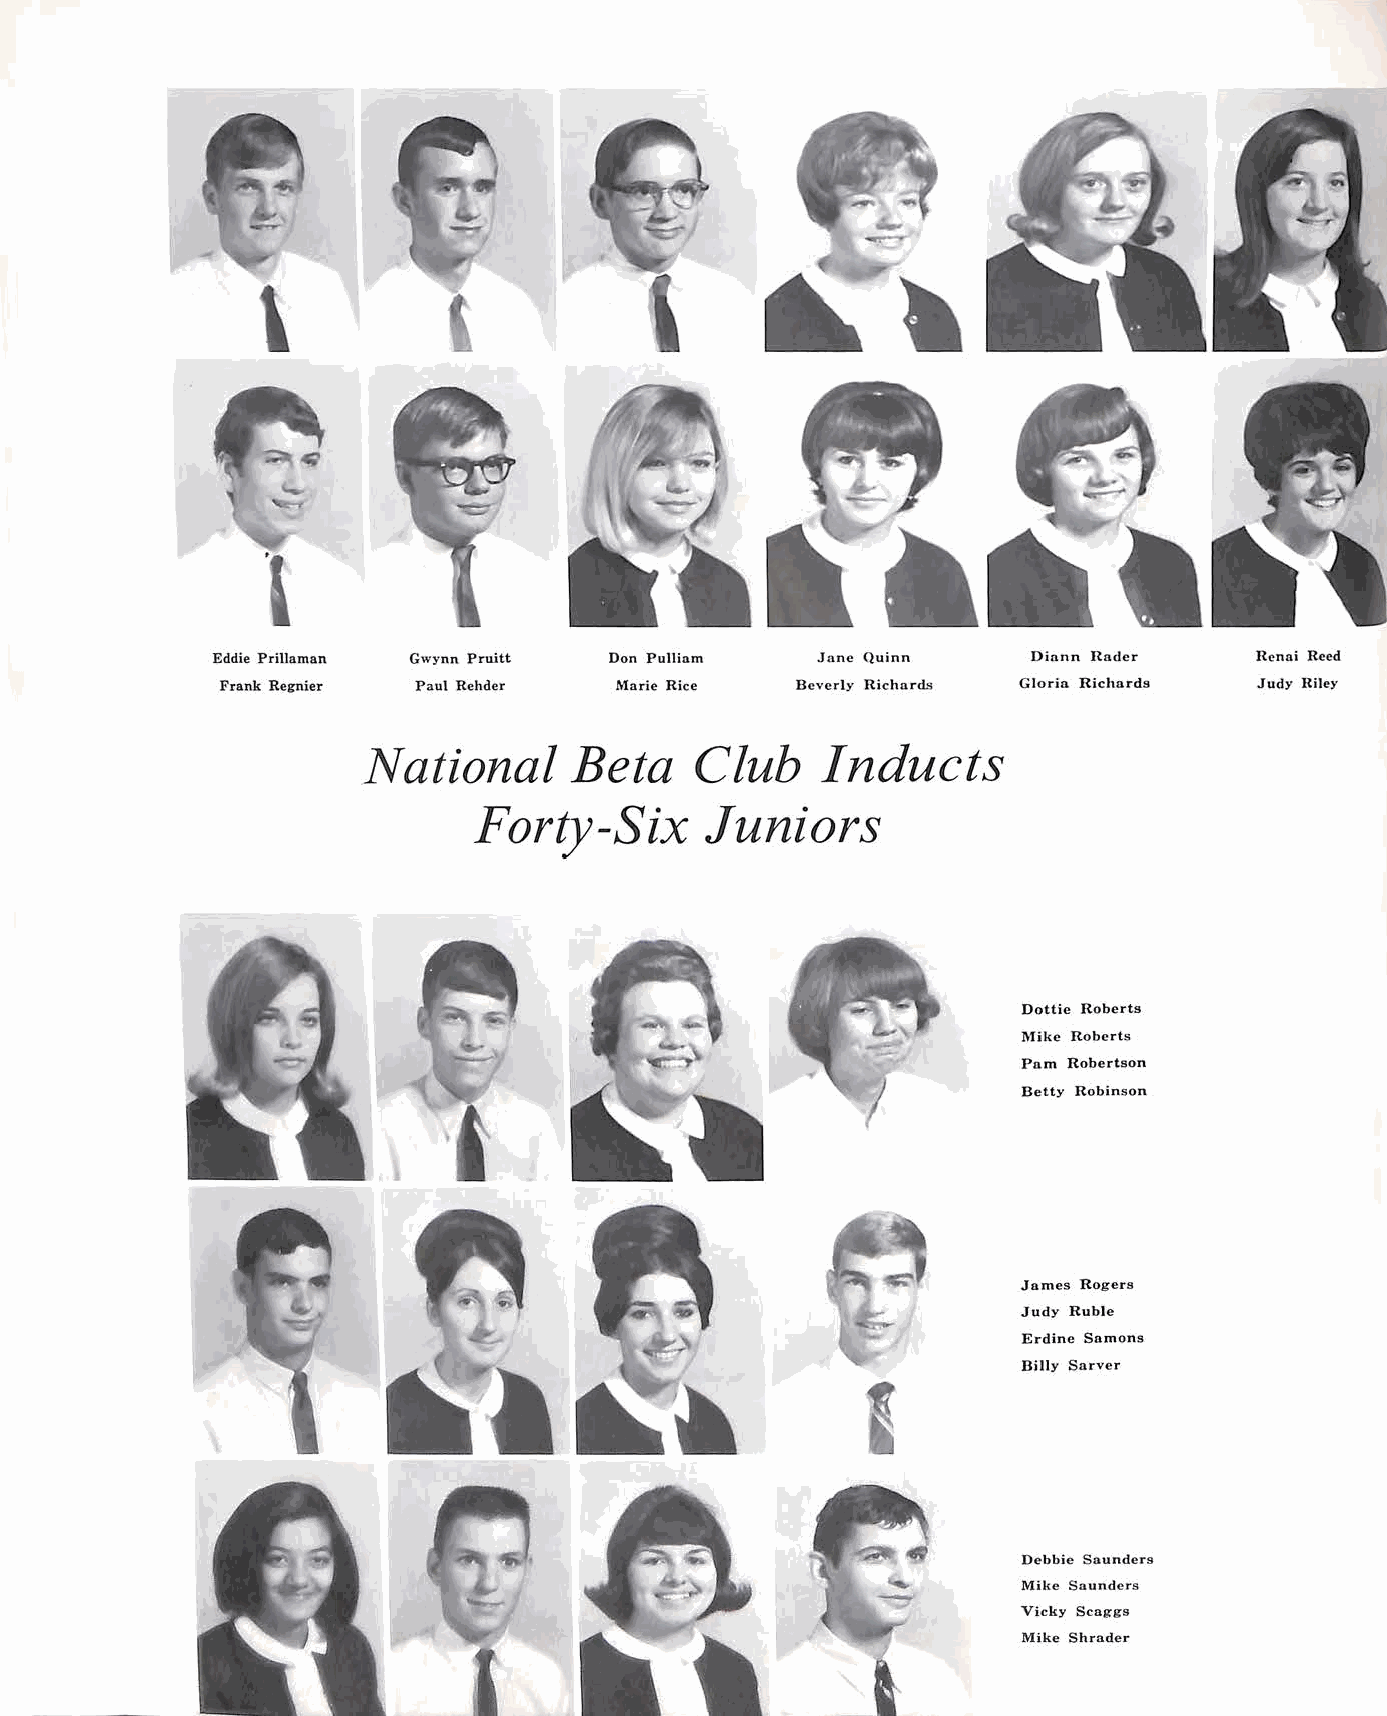
'
 Eddie Prillaman Gwynn Pruitt Don Pulliam .Jane Quinn  Dinnn Rader    Rcnai Recd
 Frank Regnier Paul Rehder Marie Rice  Beverly Richard• Gloria Richards Judy Riley
 National      Beta    Club    Inducts
 Forty-Six       Juniors
 Dottie Roberts
 Mike Roberts
 Pam Robertson
 Betty Robinson
 James Rogers
 Judy Ruble
 Erdine Samons
 Billy Sarver
 Debbie Saunders
 Mike Saunders
 Vicky Scaggs
 Mike Shrader